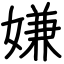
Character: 嫌